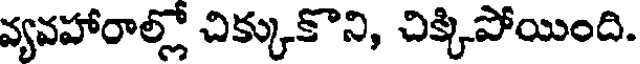
వ్యవహారాల్లో చిక్కుకొని, చిక్కిపోయింది.